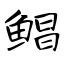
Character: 鲳